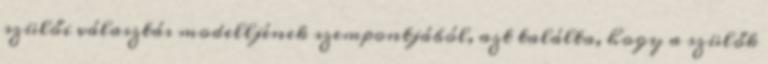
szülői választás modelljének szempontjából, azt találta, hogy a szülők